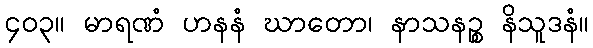
၄၀၃။ မာရဏံ ဟနနံ ဃာတော၊ နာသနဉ္စ နိသူဒနံ။